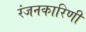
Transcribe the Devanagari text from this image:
रंजनकारिणी